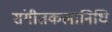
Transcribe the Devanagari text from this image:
संगीतकलानिधि